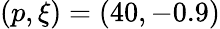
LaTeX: (p,\xi)=(40,-0.9)